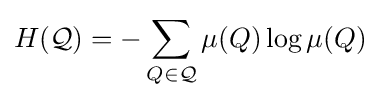
H({\mathcal {Q}})=-\sum _{Q\in {\mathcal {Q}}}\mu (Q)\log \mu (Q)